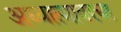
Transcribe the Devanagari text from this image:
अध्यात्मावरचा